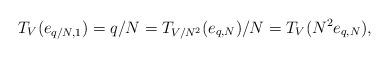
LaTeX: \begin{align*}T_V(e_{q/N,1})=q/N=T_{V/N^2}(e_{q,N})/N=T_V(N^2e_{q,N}),\end{align*}